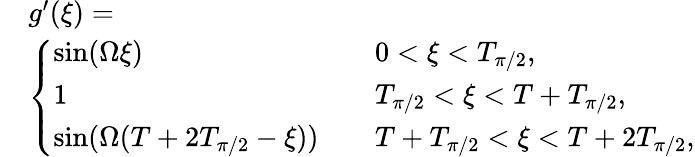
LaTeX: \begin{array}{rl}&{g^{\prime}(\xi)=}\\ &{\left\{ \begin{array}{ll}{\mathrm{sin}(\Omega\xi)}&{\quad 0<\xi<T_{\pi/2},}\\ {1}&{\quad T_{\pi/2}<\xi<T+T_{\pi/2},}\\ {\mathrm{sin}(\Omega(T+2T_{\pi/2}-\xi))}&{\quad T+T_{\pi/2}<\xi<T+2T_{\pi/2},}\end{array}\right.}\end{array}